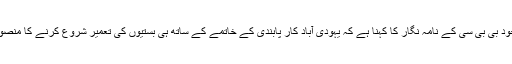
علاقے میں موجود بی بی سی کے نامہ نگار کا کہنا ہے کہ یہودی آباد کار پابندی کے خاتمے کے ساتھ ہی بستیوں کی تعمیر شروع کرنے کا منصوبہ بنا رہے ہیں۔